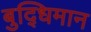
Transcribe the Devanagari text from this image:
बुद्‍धिमान